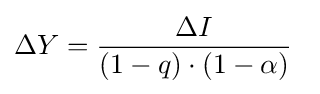
\Delta Y={\frac {\Delta I}{(1-q)\cdot (1-\alpha )}}\,\